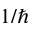
1 / \hbar